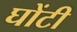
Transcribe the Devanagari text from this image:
घोंटी